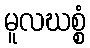
မူလဃစ္စံ